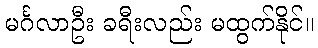
မင်္ဂလာဦး ခရီးလည်း မထွက်နိုင်။